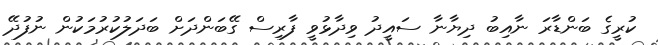
ކުރީގެ ބަންޑާރަ ނާއިބު ދިޔާނާ ސައީދު ވިދާޅުވީ ފާރިސް ގޭބަންދަށް ބަދަލުކުރުމަކުން ނުފުދޭ